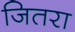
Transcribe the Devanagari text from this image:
जितरा